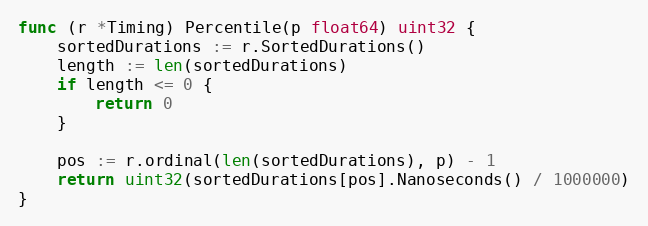
Language: Go
func (r *Timing) Percentile(p float64) uint32 {
	sortedDurations := r.SortedDurations()
	length := len(sortedDurations)
	if length <= 0 {
		return 0
	}

	pos := r.ordinal(len(sortedDurations), p) - 1
	return uint32(sortedDurations[pos].Nanoseconds() / 1000000)
}